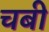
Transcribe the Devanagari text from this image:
चबी